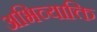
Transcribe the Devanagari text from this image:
अभिव्याक्ति